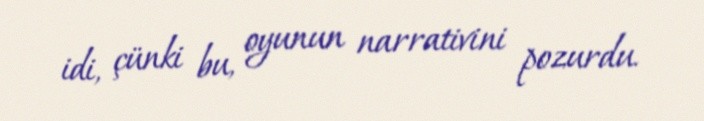
idi, çünki bu, oyunun narrativini pozurdu.